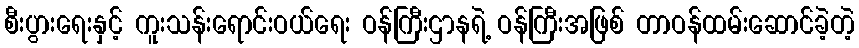
စီးပွားရေးနှင့် ကူးသန်းရောင်းဝယ်ရေး ဝန်ကြီးဌာနရဲ့ ဝန်ကြီးအဖြစ် တာဝန်ထမ်းဆောင်ခဲ့တဲ့